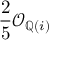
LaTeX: { \frac { 2 } { 5 } } { \mathcal { O } } _ { \mathbb { Q } ( i ) }